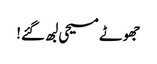
جھوٹے مسیحی لبھ گئے!